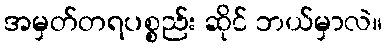
အမှတ်တရပစ္စည်း ဆိုင် ဘယ်မှာလဲ။